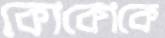
কোকোকে